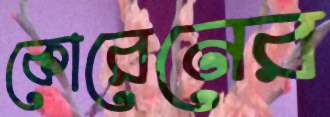
কোরেনের